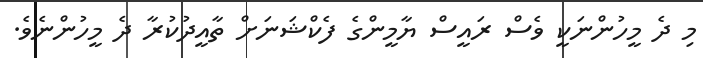
މި ދެ މީހުންނަކީ ވެސް ރައީސް ޔާމީންގެ ފެކްޝަނަށް ތާއީދުކުރާ ދެ މީހުންނެވެ.